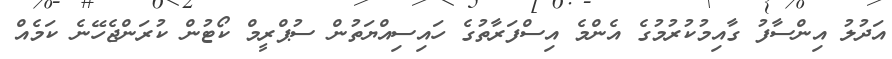
އަދުލު އިންސާފު ގާއިމުކުރުމުގެ އެންމެ އިސްފަރާތުގެ ހައިސިއްޔަތުން ސުޕްރީމް ކޯޓުން ކުރަންޖެހޭނެ ކަމެއް